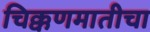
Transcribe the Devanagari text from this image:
चिक्कणमातीचा